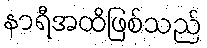
နာရီအထိဖြစ်သည်